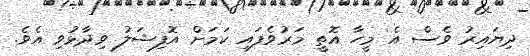
ދިޔައިރު ވެސް އެ މީހާ އޮތީ މަރުވެފައި ކަމަށް އޮފިޝަލު ވިދާޅުވި އެވެ.